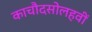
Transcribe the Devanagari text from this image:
काचौदसोलहवीं